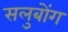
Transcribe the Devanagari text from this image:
सलुबोंग